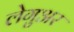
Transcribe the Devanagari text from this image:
लेगुअर